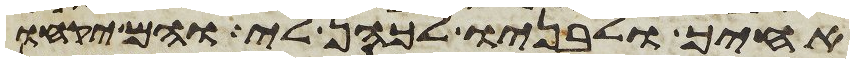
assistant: אחיך ולבניו לכהן לי והם יקחו